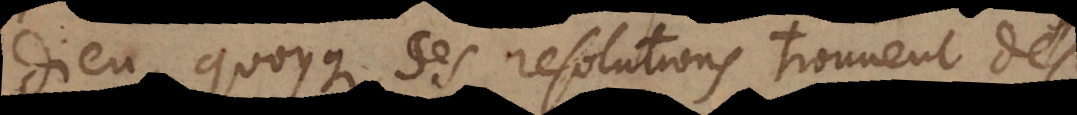
Dieu, quoyque ses resolutions trouvent des